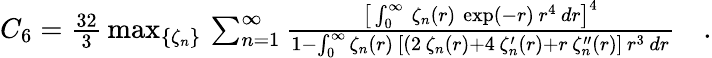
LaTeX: \begin{array}{r}{C_{6}=\frac{32}{3}\, \operatorname*{max}_{\{ \zeta_{n}\} }\, \sum_{n=1}^{\infty}\frac{\big[\int_{0}^{\infty}\, \zeta_{n}(r)\, \exp(-r)\, r^{4}\, dr\big]^{4}}{1-\int_{0}^{\infty}\zeta_{n}(r)\, [(2\, \zeta_{n}(r)+4\, \zeta_{n}^{\prime}(r)+r\, \zeta_{n}^{\prime\prime}(r)]\, r^{3}\, dr}\quad.}\end{array}